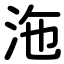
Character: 沲